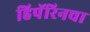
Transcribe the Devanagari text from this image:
हिपॅरिनचा